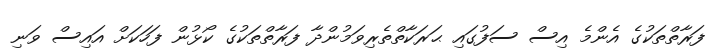
ފަރާތްތަކުގެ އެންމެ އިސް ސަފުގައި ޙަރަކާތްތެރިވަމުންދާ ފަރާތްތަކުގެ ކޯޅުން ފަހަކަށް އައިސް ވަނި